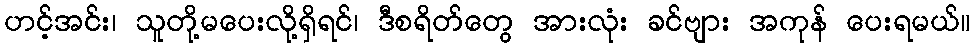
ဟင့်အင်း၊ သူတို့မပေးလို့ရှိရင်၊ ဒီစရိတ်တွေ အားလုံး ခင်ဗျား အကုန် ပေးရမယ်။